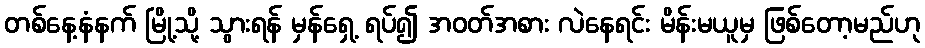
တစ်နေ့နံနက် မြို့သို့ သွားရန် မှန်ရှေ့ ရပ်၍ အဝတ်အစား လဲနေရင်း မိန်းမယူမှ ဖြစ်တော့မည်ဟု